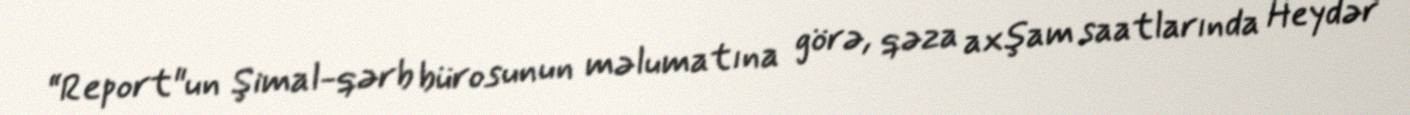
“Report"un Şimal-qərb bürosunun məlumatına görə, qəza axşam saatlarında Heydər